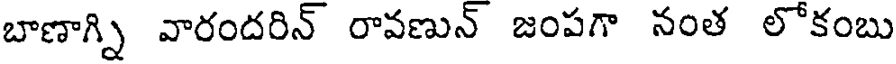
బాణాగ్ని వారందరిన్ రావణున్ జంపగా నంత లోకంబు